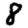
Digit: 8